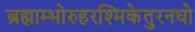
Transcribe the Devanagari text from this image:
ब्रह्माम्भोरुहरश्मिकेतुरनघो